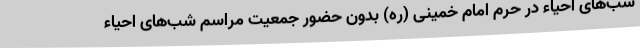
شب‌های احیاء در حرم امام خمینی (ره) بدون حضور جمعیت مراسم شب‌های احیاء